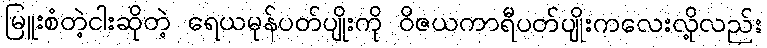
မြူးစံတဲ့ငါးဆိုတဲ့ ရေယမုန်ပတ်ပျိုးကို ဝိဇယကာရီပတ်ပျိုးကလေးလို့လည်း